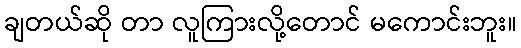
ချတယ်ဆို တာ လူကြားလို့တောင် မကောင်းဘူး။